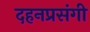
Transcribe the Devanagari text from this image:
दहनप्रसंगी